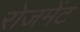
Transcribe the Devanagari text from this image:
रोजमेंट